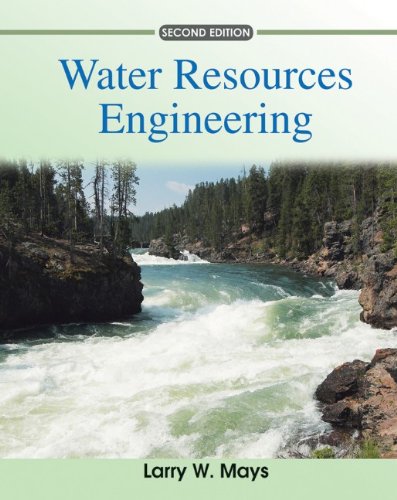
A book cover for Water Resources Engineering; Larry W. Mays; Science & Math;